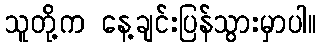
သူတို့က နေ့ချင်းပြန်သွားမှာပါ။